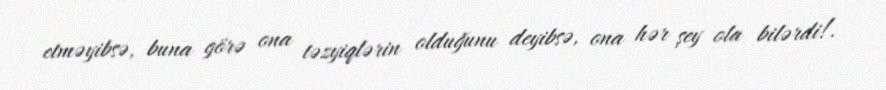
etməyibsə, buna görə ona təzyiqlərin olduğunu deyibsə, ona hər şey ola bilərdi!.